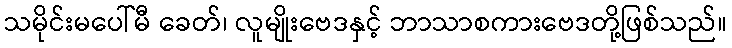
သမိုင်းမပေါ်မီ ခေတ်၊ လူမျိုးဗေဒနှင့် ဘာသာစကားဗေဒတို့ဖြစ်သည်။